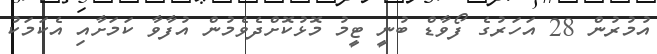
އުމުރުން 28 އަހަރުގެ ފޯވާޑް ބުނީ ޓީމު މޮޅުކޮށްދެވެމުން އުފާވާ ކަމަށާއި އެކަމަކު